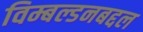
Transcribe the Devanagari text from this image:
विम्बल्डनबद्दल